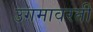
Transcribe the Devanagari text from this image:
उगमावरती